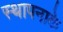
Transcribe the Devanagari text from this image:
स्थापनाके